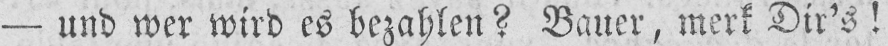
- und wer wird es bezahlen? Bauer, merk Dir’s!